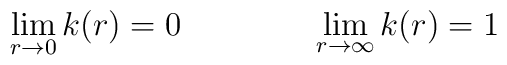
\lim_{r \rightarrow 0} k(r)=0 \qquad \qquad  \lim_{r \rightarrow \infty} k(r)=1